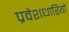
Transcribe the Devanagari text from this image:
प्रवेशधारियों